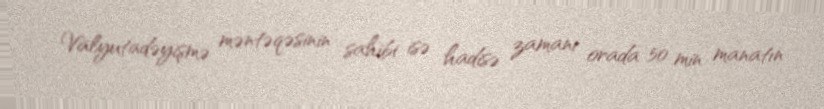
Valyutadəyişmə məntəqəsinin sahibi isə hadisə zamanı orada 50 min manatın